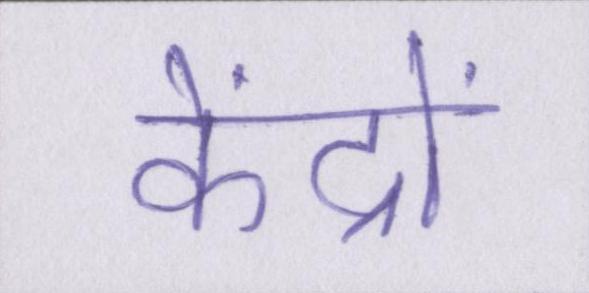
केंद्रों